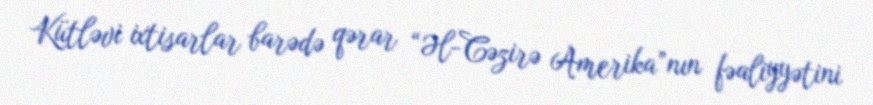
Kütləvi ixtisarlar barədə qərar “Əl-Cəzirə Amerika”nın fəaliyyətini